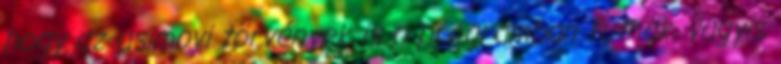
hogy az asimovi törvények is a programban futnak, vagyis